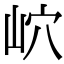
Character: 岤